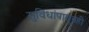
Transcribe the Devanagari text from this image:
सुविधांपासूनही